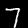
Label: 7